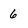
Character: 6